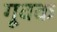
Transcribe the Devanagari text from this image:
गूवक